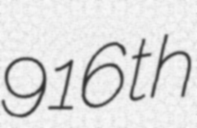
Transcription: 916th